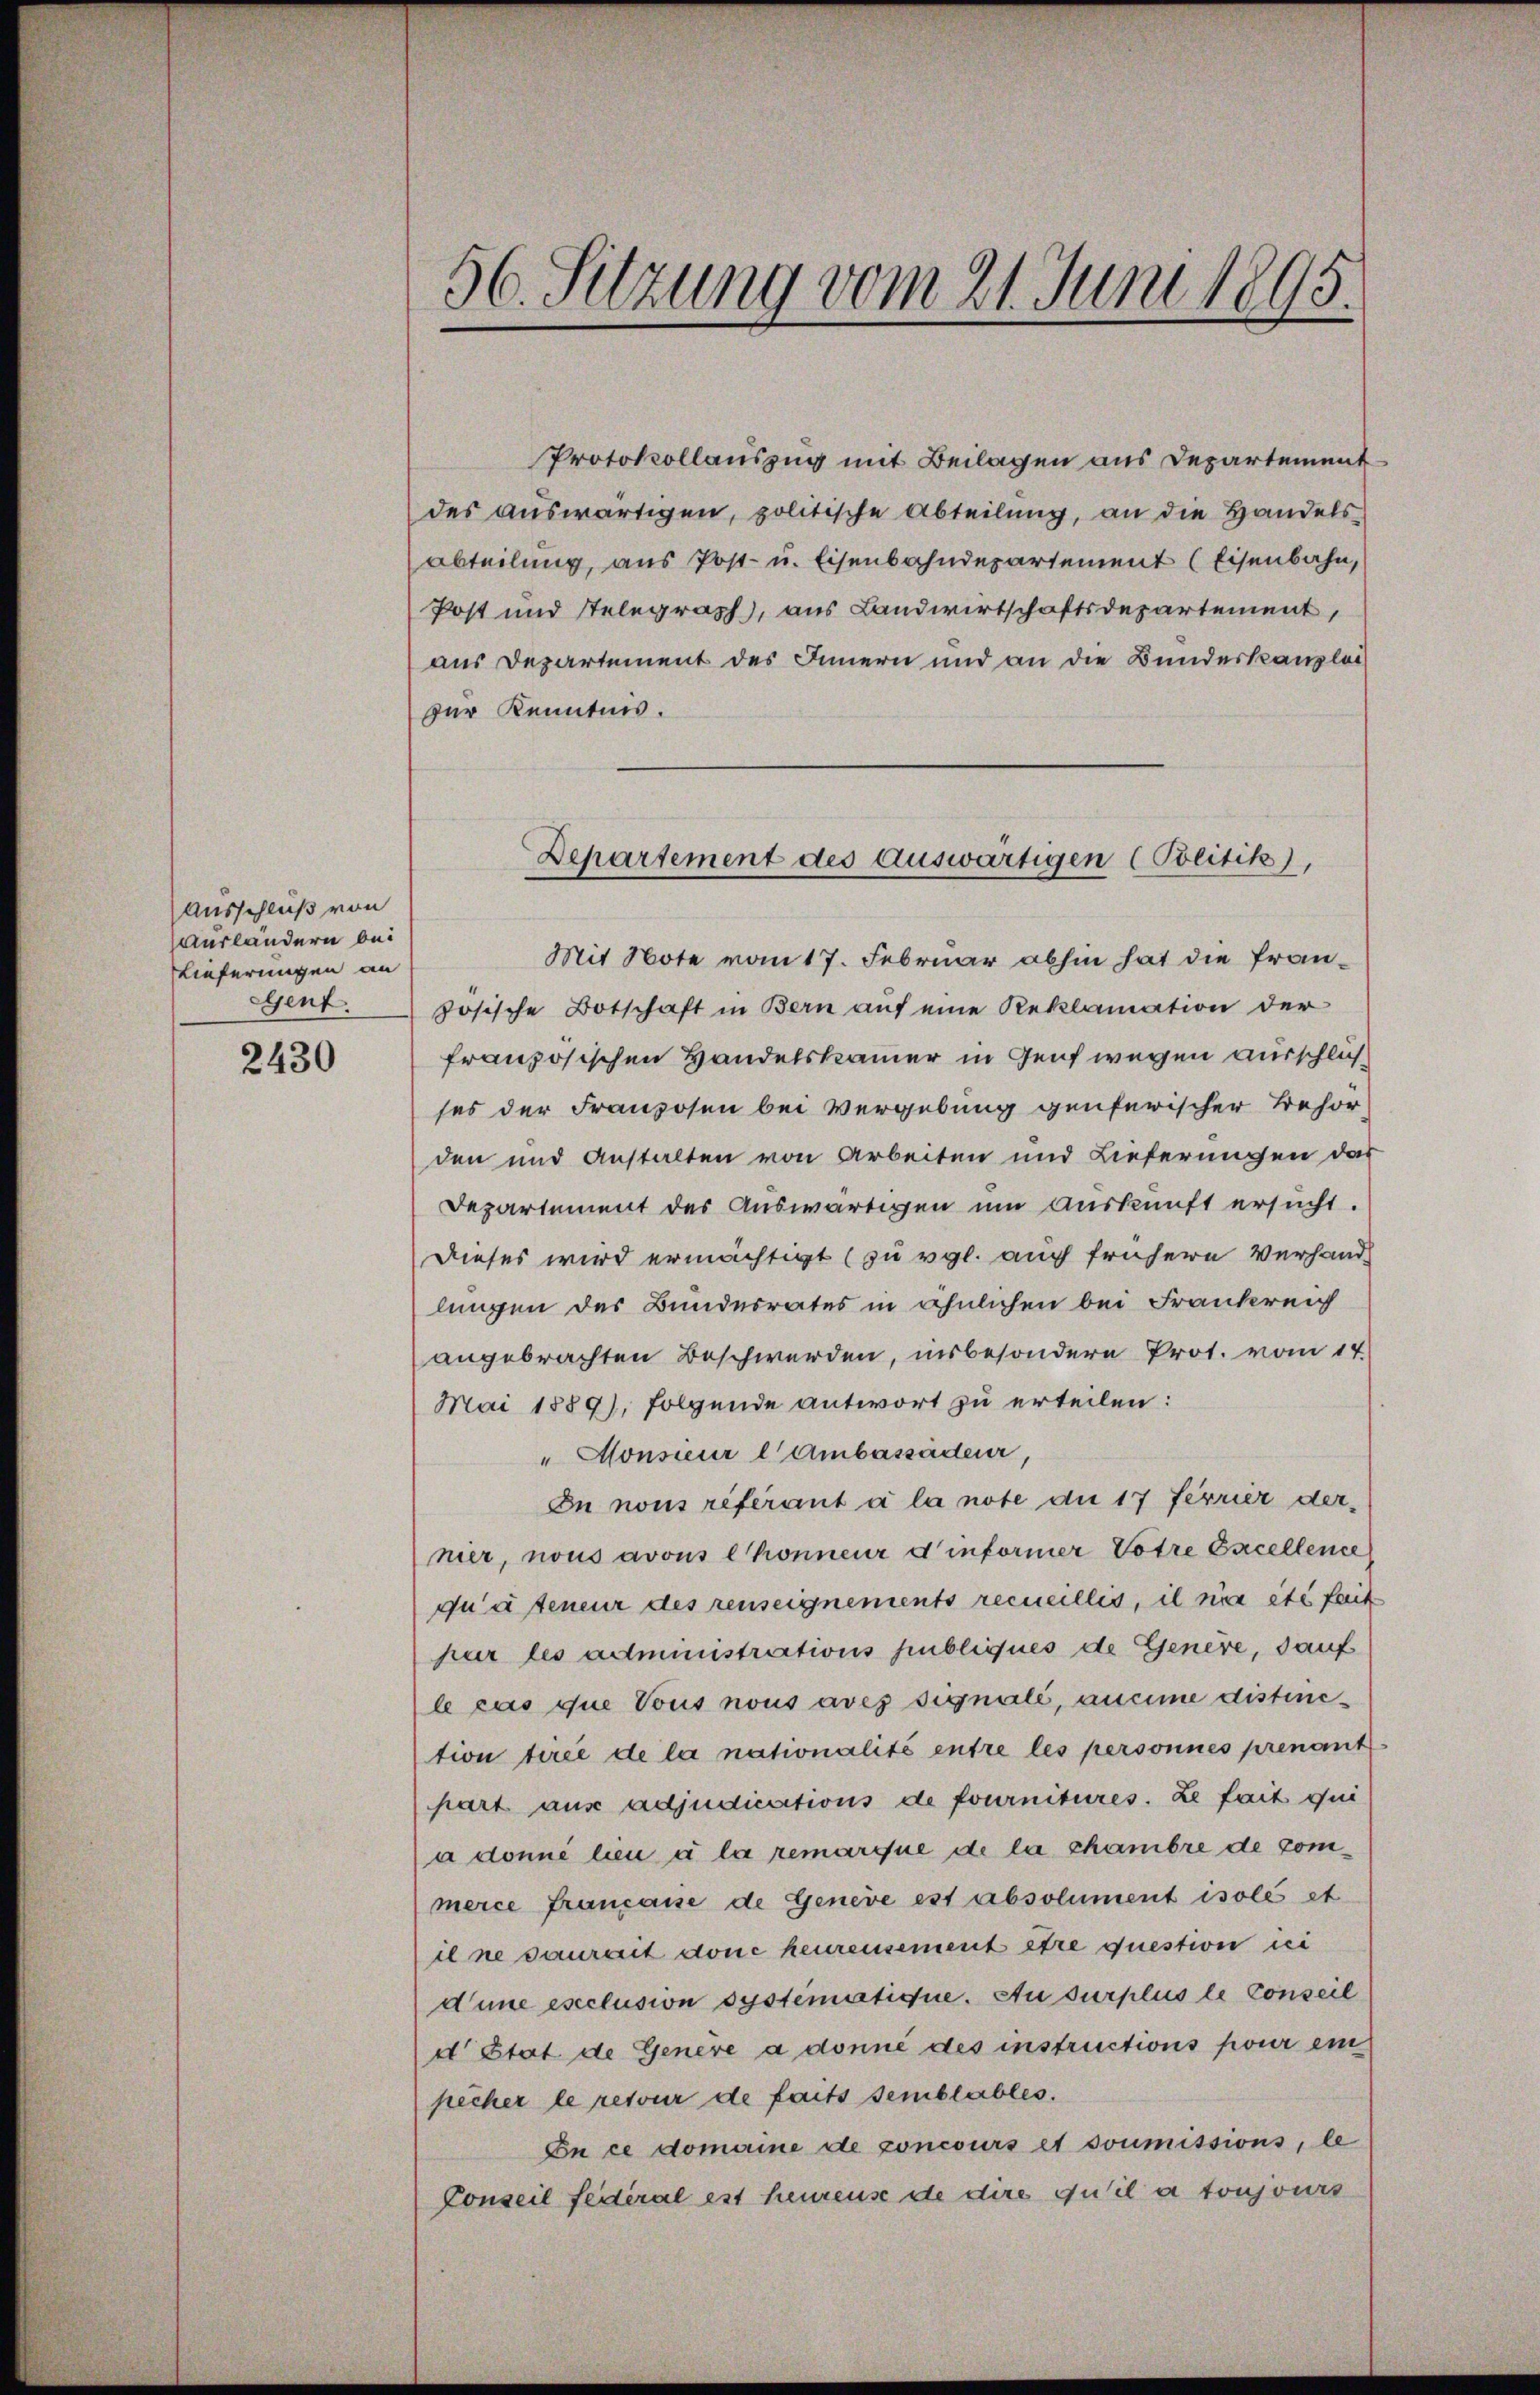
Ausschluß von
ausländern bei
Lieferungen an
egsent.

2430

56. Sitzung vom 21. Juni 1895.

Protokollauszug mit Beilagen aus Departement
des auswärtigen, politische Abteilung, an die Handelsabteilung, aus Post- u. Eisenbahndepartement (Eisenbahn,
Post und Stelegraph, aus Landwirtschaftsdepartement,
aus Departement des Innern und an die Bundeskanzlei
der Kenntnis.

Mit Note vom 17. Februar abhin hat die französische Botschaft in Bern auf eine Reklamation der
französischen Handelskammer in Genf wegen ausschlichses der Franzosen bei Vergebung genferischer Behör-
den und Anstalten von Arbeiten und Lieferungen das
Departement des Auswärtigen um Auskunft ersucht.
Dieses wird ermächtigt (zu vgl. auch frühere Verhandlungen des Bunderrates in ähnlichen bei Frankreich
angebrachten Beschwerden, insbesondere Prot. vom 14.
Mai 1889), folgende antwort zu erteilen:
"Monsieur l Ambassädeur,
In nous referant à la note du 17 ferrier dernier, nous avous lhonneur d’informer Votre Excellence
quateneur des renseignements recueillis, il nie es fait
pur les administrations publiques de Genere, sauf
le cas que Vous nous aves signale, aucune distinetion tirée de la nationalité entre les personnes prenant.
hart aus adjudications de fournitures. Le fait qui
a donné lieu à la remarque de la chambre de commerce française de Geneve est absolument isolé et
il ne saurent done heurensement être question ni
dune esclusion systematique. Ausurplus le Conseil
d Etat de Genere a donné des instructions pour ein
pecher le retour de faits semblables.
En ce domaine de concours et soumissions, le
Conseil feiteral est heureuse de dire qu’il a toujours

Departement des auswärtigen (Politik),